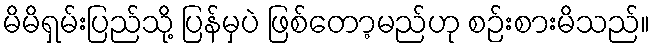
မိမိရှမ်းပြည်သို့ ပြန်မှပဲ ဖြစ်တော့မည်ဟု စဉ်းစားမိသည်။